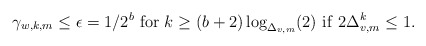
\begin{align*} \gamma_{w,k,m}\le\epsilon=1/2^b~ {\rm for}~k\ge (b+2)\log_{\Delta_{v,m}}(2)~{\rm if}~ 2\Delta_{v,m}^k\le 1. \end{align*}